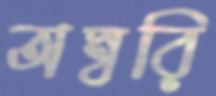
অম্বরি